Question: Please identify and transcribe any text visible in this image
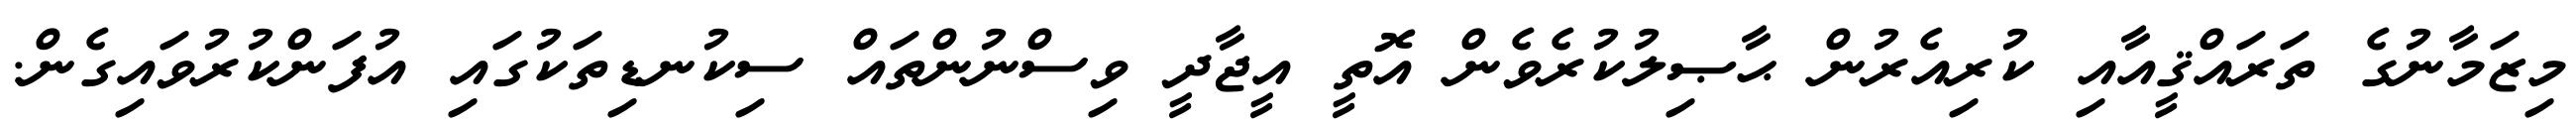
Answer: މިޒަމާނުގެ ތަރައްޤީއާއި ކުރިއެރުން ޙާޞިލުކުރެވެން އޮތީ އީޖާދީ ވިސްނުންތައް ސިކުނޑިތަކުގައި އުފަންކުރުވައިގެން.